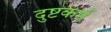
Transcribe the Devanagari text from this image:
दुष्टकर्म